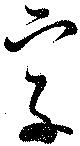
字